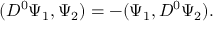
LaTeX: ( D ^ { 0 } \Psi _ { 1 } , \Psi _ { 2 } ) = - ( \Psi _ { 1 } , D ^ { 0 } \Psi _ { 2 } ) .